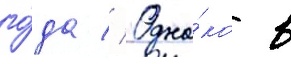
го́да // Одна́ко в